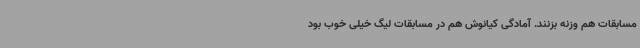
مسابقات هم وزنه بزنند. آمادگی کیانوش هم در مسابقات لیگ خیلی خوب بود